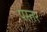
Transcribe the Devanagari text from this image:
पस्तर